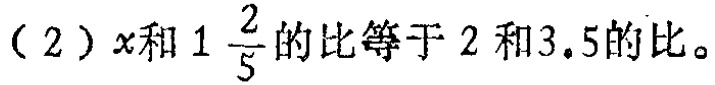
（2）\(x\)和\(1\frac{2}{5}\)的比等于\(2\)和\(3.5\)的比。